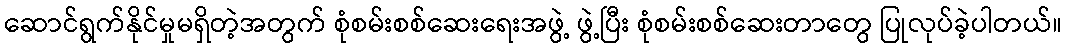
ဆောင်ရွက်နိုင်မှုမရှိတဲ့အတွက် စုံစမ်းစစ်ဆေးရေးအဖွဲ့ ဖွဲ့ပြီး စုံစမ်းစစ်ဆေးတာတွေ ပြုလုပ်ခဲ့ပါတယ်။